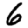
Digit: 6